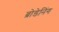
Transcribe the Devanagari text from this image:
ब्रोडेनिंग